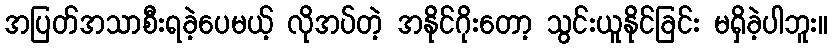
အပြတ်အသာစီးရခဲ့ပေမယ့် လိုအပ်တဲ့ အနိုင်ဂိုးတော့ သွင်းယူနိုင်ခြင်း မရှိခဲ့ပါဘူး။